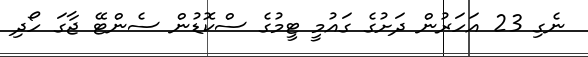
ނެގި 23 އަހަރުން ދަށުގެ ގައުމީ ޓީމުގެ ސްކޮޑުން ސެންޓޭ ޖާގަ ހޯދި